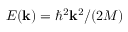
E ( \mathbf { k } ) = \hbar ^ { 2 } \mathbf { k } ^ { 2 } / ( 2 M )